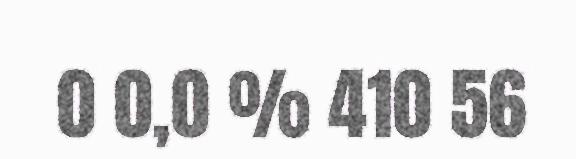
0 0,0 % 410 56